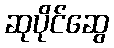
ဆုပိုင်ဆွေ